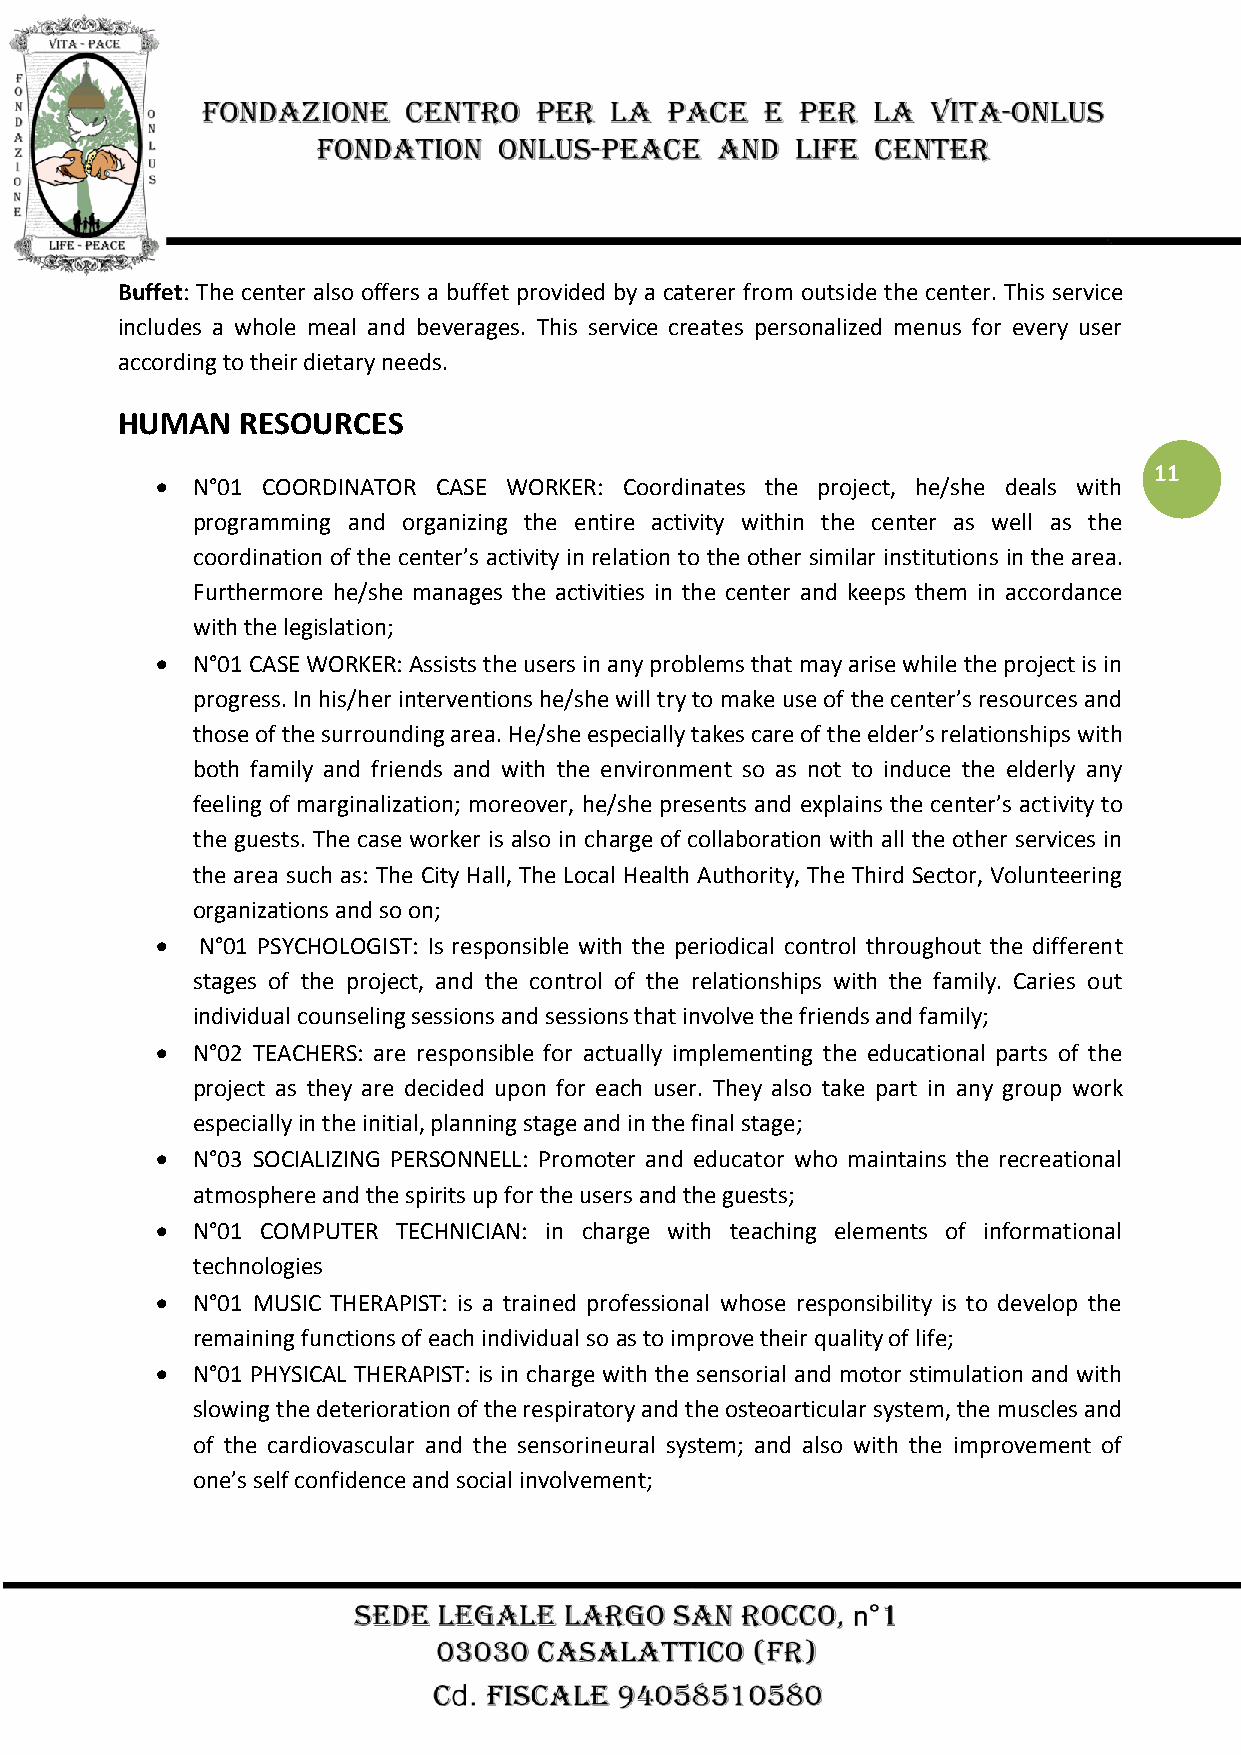
Buffet: The center also offers a buffet provided by a caterer from outside the center. This service
 includes a whole meal and beverages. This service creates personalized menus for every user
 according to their dietary needs.
 HUMAN   RESOURCES
 11
   N°01 COORDINATOR CASE WORKER: Coordinates the project, he/she deals with
 programming and organizing the entire activity within the center as well as the
 coordination of the center’s activity in relation to the other similar institutions in the area.
 Furthermore he/she manages the activities in the center and keeps them in accordance
 with the legislation;
   N°01 CASE WORKER: Assists the users in any problems that may arise while the project is in
 progress. In his/her interventions he/she will try to make use of the center’s resources and
 those of the surrounding area. He/she especially takes care of the elder’s relationships with
 both family and friends and with the environment so as not to induce the elderly any
 feeling of marginalization; moreover, he/she presents and explains the center’s activity to
 the guests. The case worker is also in charge of collaboration with all the other services in
 the area such as: The City Hall, The Local Health Authority, The Third Sector, Volunteering
 organizations and so on;
   N°01 PSYCHOLOGIST: Is responsible with the periodical control throughout the different
 stages of the project, and the control of the relationships with the family. Caries out
 individual counseling sessions and sessions that involve the friends and family;
   N°02 TEACHERS: are responsible for actually implementing the educational parts of the
 project as they are decided upon for each user. They also take part in any group work
 especially in the initial, planning stage and in the final stage;
   N°03 SOCIALIZING PERSONNELL: Promoter and educator who maintains the recreational
 atmosphere and the spirits up for the users and the guests;
   N°01 COMPUTER TECHNICIAN: in charge with teaching elements of informational
 technologies
   N°01 MUSIC THERAPIST: is a trained professional whose responsibility is to develop the
 remaining functions of each individual so as to improve their quality of life;
   N°01 PHYSICAL THERAPIST: is in charge with the sensorial and motor stimulation and with
 slowing the deterioration of the respiratory and the osteoarticular system, the muscles and
 of the cardiovascular and the sensorineural system; and also with the improvement of
 one’s self confidence and social involvement;